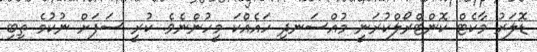
ޑޮލަރު މާކެޓް ކޮންޓްރޯލްކުރަނީ މުއްސަނދި ހައެއްކަ މީހުންނެވެ. ކުރީ ސަފަށް ނުކުމެ ތިބި